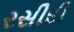
રસીદી